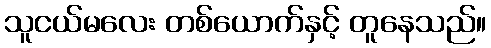
သူငယ်မလေး တစ်ယောက်နှင့် တူနေသည်။